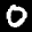
Label: 0